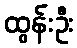
ထွန်းဦး